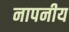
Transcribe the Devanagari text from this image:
नापनीय